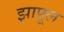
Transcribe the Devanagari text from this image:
झापूल